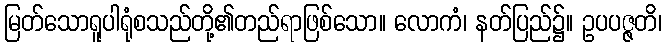
မြတ်သောရူပါရုံစသည်တို့၏တည်ရာဖြစ်သော။ လောကံ၊ နတ်ပြည်၌။ ဥပပဇ္ဇတိ၊